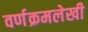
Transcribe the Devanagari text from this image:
वर्णक्रमलेखी